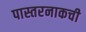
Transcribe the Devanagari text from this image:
पास्तरनाकची